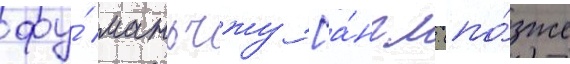
фу́ маньчжу [а́нгл. (по́зже